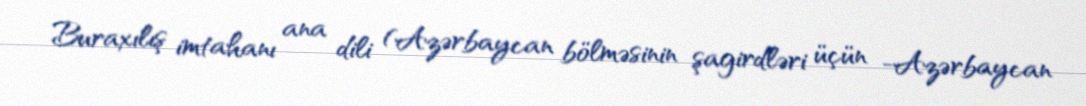
Buraxılış imtahanı ana dili (Azərbaycan bölməsinin şagirdləri üçün -Azərbaycan